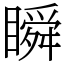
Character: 瞬